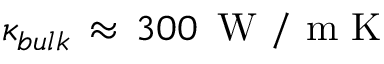
\kappa _ { b u l k } \, \approx \, 3 0 0 \, \mathrm { ~ W ~ / ~ m ~ K ~ }